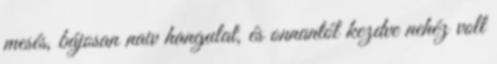
mesés, bájosan naiv hangulat, és onnantól kezdve nehéz volt